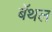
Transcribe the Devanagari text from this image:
बॅथल